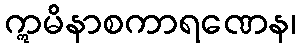
ဣမိနာစကာရဏေန၊